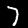
Label: 7